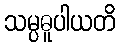
သမ္ပဓူပါယတိ